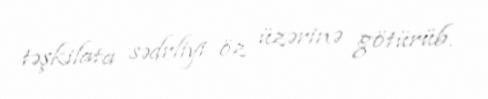
təşkilata sədrliyi öz üzərinə götürüb.